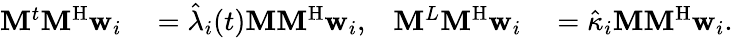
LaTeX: \begin{array}{rlrl}{\mathbf{M}^{t}\mathbf{M}^{\mathrm{H}}\mathbf{w}_{i}}&{{}=\hat{\lambda}_{i}(t)\mathbf{M}\mathbf{M}^{\mathrm{H}}\mathbf{w}_{i},}&{\mathbf{M}^{L}\mathbf{M}^{\mathrm{H}}\mathbf{w}_{i}}&{{}=\hat{\kappa}_{i}\mathbf{M}\mathbf{M}^{\mathrm{H}}\mathbf{w}_{i}.}\end{array}